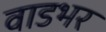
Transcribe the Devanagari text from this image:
वाडभर